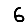
Digit: 6